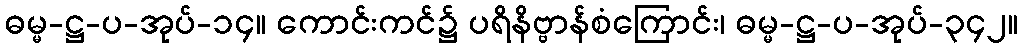
ဓမ္မ-ဋ္ဌ-ပ-အုပ်-၁၄။ ကောင်းကင်၌ ပရိနိဗ္ဗာန်စံကြောင်း၊ ဓမ္မ-ဋ္ဌ-ပ-အုပ်-၃၄၂။